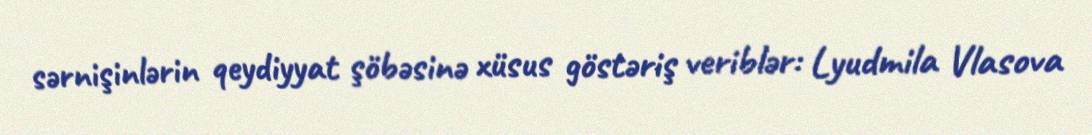
sərnişinlərin qeydiyyat şöbəsinə xüsus göstəriş veriblər: Lyudmila Vlasova